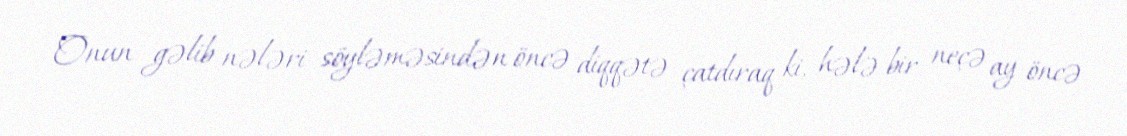
Onun gəlib nələri söyləməsindən öncə diqqətə çatdıraq ki, hələ bir neçə ay öncə